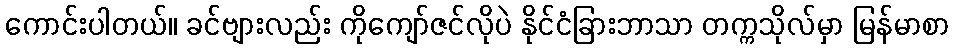
ကောင်းပါတယ်။ ခင်ဗျားလည်း ကိုကျော်ဇင်လိုပဲ နိုင်ငံခြားဘာသာ တက္ကသိုလ်မှာ မြန်မာစာ